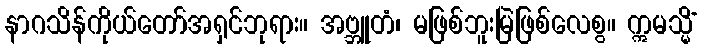
နာဂသိန်ကိုယ်တော်အရှင်ဘုရား။ အဗ္ဘူတံ၊ မဖြစ်ဘူးမြဲဖြစ်လေစွ။ ဣမသ္မိံ